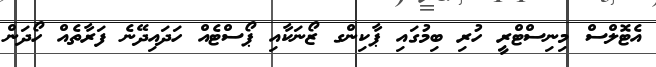
އެޓޮލްސް މިނިސްޓްރީ ހުރި ބިމުގައި ޕާކިންގ ޒޯނަކާއި ޕޯސްޓެއް ހަދައިދޭނެ ފަރާތެއް ހޯދަން